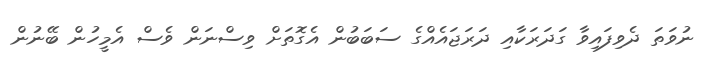
ނުވަތަ ދެވިފައިވާ ގަދަރަކާއި ދަރަޖައެއްގެ ސަބަބުން އެގޮތަށް ވިސްނަން ވެސް އެމީހުން ބޭނުން